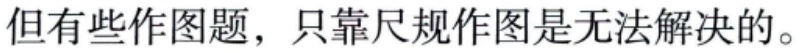
但有些作图题，只靠尺规作图是无法解决的。